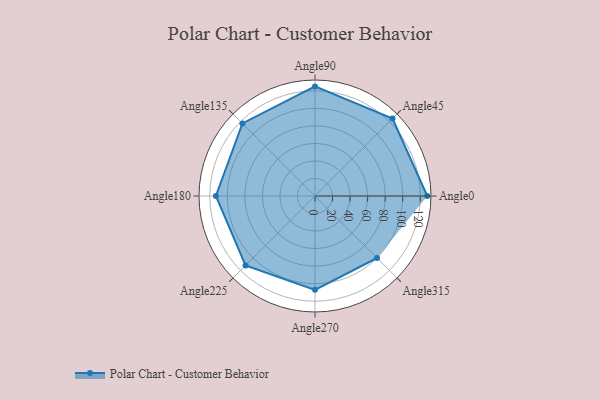
{"axis": {"x": "Angle", "y": "Radius"}, "legend": [""], "data": [{"x": "Angle0", "y": 128.0, "type": ""}, {"x": "Angle45", "y": 125.0, "type": ""}, {"x": "Angle90", "y": 125.0, "type": ""}, {"x": "Angle135", "y": 117.0, "type": ""}, {"x": "Angle180", "y": 113.0, "type": ""}, {"x": "Angle225", "y": 112.0, "type": ""}, {"x": "Angle270", "y": 107.0, "type": ""}, {"x": "Angle315", "y": 100.0, "type": ""}]}